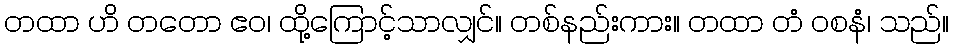
တထာ ဟိ တတော ဧဝ၊ ထို့ကြောင့်သာလျှင်။ တစ်နည်းကား။ တထာ တံ ဝစနံ၊ သည်။